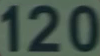
120